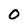
Character: 0